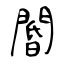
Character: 閽